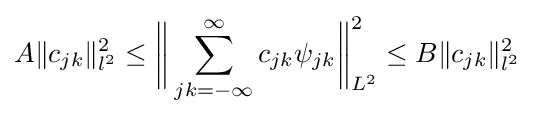
A\Vert c_{jk}\Vert _{l^{2}}^{2}\leq {\bigg \Vert }\sum _{jk=-\infty }^{\infty }c_{jk}\psi _{jk}{\bigg \Vert }_{L^{2}}^{2}\leq B\Vert c_{jk}\Vert _{l^{2}}^{2}